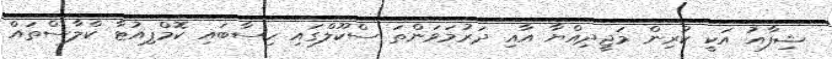
ޝިފާއު އަކީ ކުރިން މަޖީދިއްޔާ އާއި ދަރުމަވަންތަ ސްކޫލްގައި ހިސާބައި ކޮމްޕިއުޓާ ކްލާސްތައް